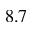
8 . 7